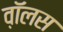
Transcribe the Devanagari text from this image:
व़ाॅलस